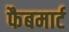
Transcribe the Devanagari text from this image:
फैबमार्ट